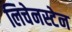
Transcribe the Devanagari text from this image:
लिचेनस्टेन